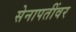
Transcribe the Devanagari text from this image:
सेनापतींवर